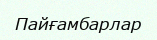
Пайғамбарлар